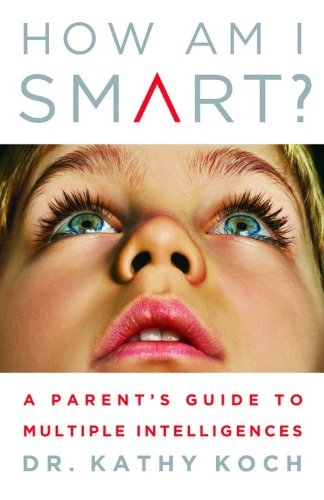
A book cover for How am I Smart?: A Parent's Guide to Multiple Intelligences; Kathy Koch  PhD; Parenting & Relationships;